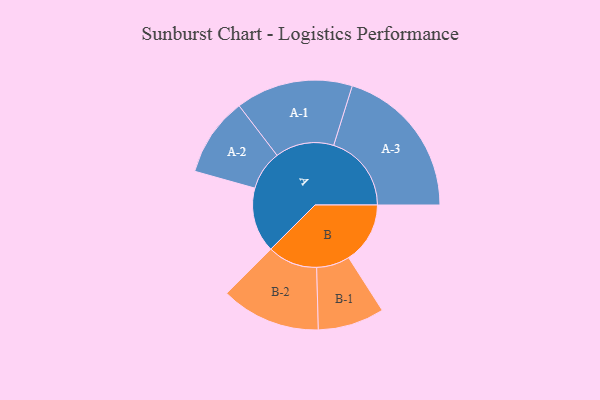
{"axis": {"x": "Segment", "y": "Value"}, "legend": ["", "A", "B"], "data": [{"x": "A", "y": 207, "type": ""}, {"x": "B", "y": 196, "type": ""}, {"x": "A-1", "y": 187, "type": "A"}, {"x": "A-2", "y": 126, "type": "A"}, {"x": "A-3", "y": 248, "type": "A"}, {"x": "B-1", "y": 106, "type": "B"}, {"x": "B-2", "y": 159, "type": "B"}]}